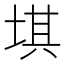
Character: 㙋